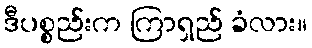
ဒီပစ္စည်းက ကြာရှည် ခံလား။